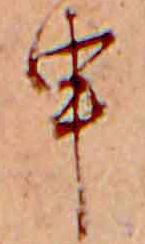
申